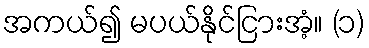
အကယ်၍ မပယ်နိုင်ငြားအံ့။ (၁)